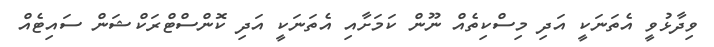
ވިދާޅުވީ އެތަނަކީ އަދި މިސްކިތެއް ނޫން ކަމަށާއި އެތަނަކީ އަދި ކޮންސްޓްރަކްޝަން ސައިޓެއް